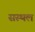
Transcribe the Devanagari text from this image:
सस्थल